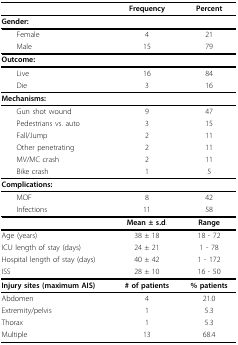
|  | Frequency | Percent |
 | --- | --- | --- |
 | Gender: |  |  |
 | Female | 4 | 21 |
 | Male | 15 | 79 |
 | Outcome: |  |  |
 | Live | 16 | 84 |
 | Die | 3 | 16 |
 | Mechanisms: |  |  |
 | Gun shot wound | 9 | 47 |
 | Pedestrians vs. auto | 3 | 15 |
 | Fall/Jump | 2 | 11 |
 | Other penetrating | 2 | 11 |
 | MV/MC crash | 2 | 11 |
 | Bike crash | 1 | 5 |
 | Complications: |  |  |
 | MOF | 8 | 42 |
 | Infections | 11 | 58 |
 |  | Mean ± s.d. | Range |
 | Age (years) | 38 ± 18 | 18 - 72 |
 | ICU length of stay (days) | 24 ± 21 | 1 - 78 |
 | Hospital length of stay (days) | 40 ± 42 | 1 - 172 |
 | ISS | 28 ± 10 | 16 - 50 |
 | Injury sites (maximum AIS) | # of patients | % patients |
 | Abdomen | 4 | 21.0 |
 | Extremity/pelvis | 1 | 5.3 |
 | Thorax | 1 | 5.3 |
 | Multiple | 13 | 68.4 |